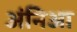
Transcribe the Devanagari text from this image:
अंनिआ